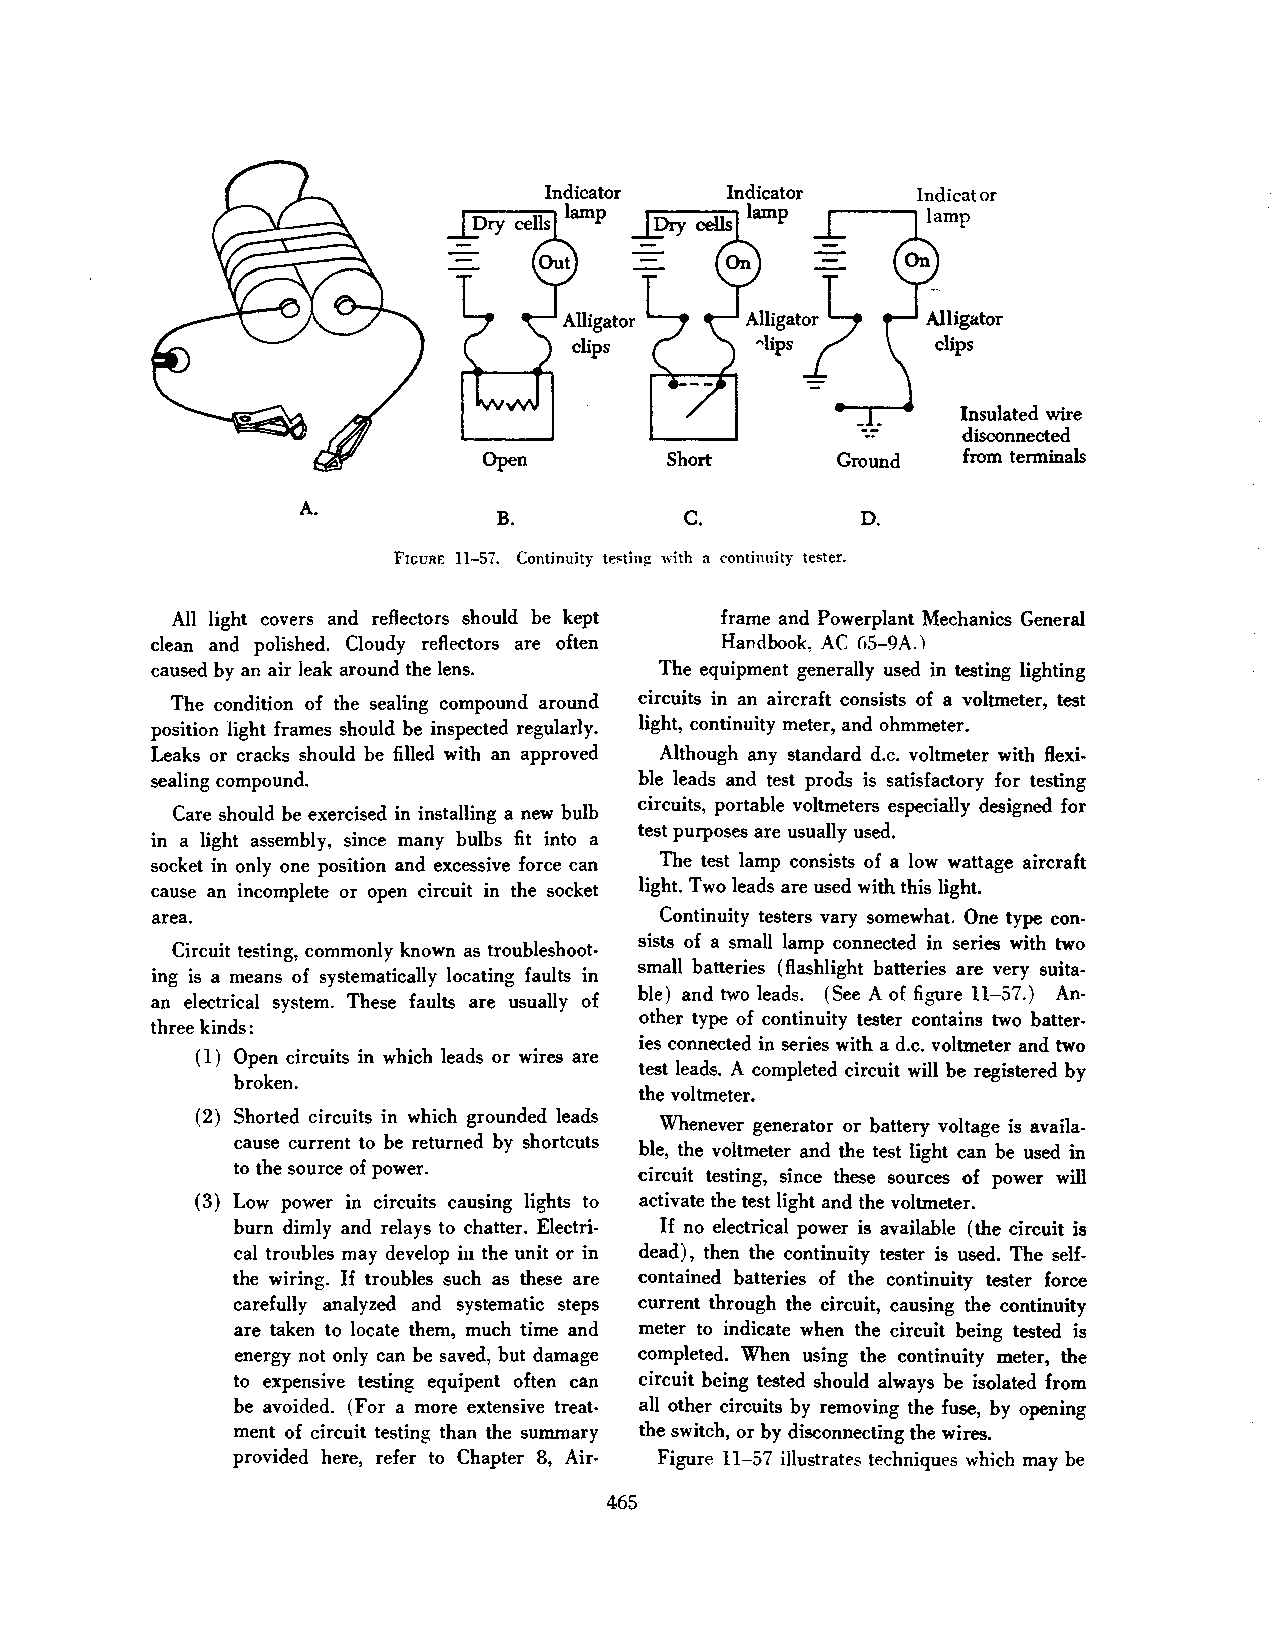
Insulated wire
 disconnected
 Open         Short      Ground  from terminals
 A.
 B.           c.         D.
 FIGURE 11-57. Continuity te~ting: with a continuity tester.
 All light covers and reflectors should be kept frame and Powerplant Mechanics General
 clean and polished. Cloudy reflectors are often Handbook, AC 65-9A.)
 caused by an air leak around the lens. The equipment generally used in testing lighting
 The condition of the sealing compound around circuits in an aircraft consists of a voltmeter, test
 position light frames should be inspected regularly. light, continuity meter, and ohmmeter.
 Leaks or cracks should be filled with an approved Although any standard d.c. voltmeter with flexi
 sealing compound.                ble leads and test prods is satisfactory for testing
 circuits, portable voltmeters especially designed for
 Care should be exercised in installing a new bulb
 test purposes are usually used.
 in a light assembly, since many bulbs fit into a
 socket in only one position and excessive force can The test lamp consists of a low wattage aircraft
 cause an incomplete or open circuit in the socket light. Two leads are used with this light.
 area.                             Continuity testers vary somewhat. One type con
 sists of a small lamp connected in series with two
 Circuit testing, commonly known as troubleshoot
 small batteries (flashlight batteries are very suita
 ing is a means of systematically locating faults in
 ble) and two leads. (See A of figure ll-57.) An
 an electrical system. These faults are usually of
 other type of continuity tester contains two batter
 three kinds:
 ies connected in series with a d.c. voltmeter and two
 (l) Open circuits in which leads or wires are
 test leads. A completed circuit will be registered by
 broken.
 the voltmeter.
 (2) Shorted circuits in which grounded leads
 Whenever generator or battery voltage is availa
 cause current to be returned by shortcuts
 ble, the voltmeter and the test light can be used in
 to the source of power.
 circuit testing, since these sources of power will
 (3) Low power in circuits causing lights to activate the test light and the voltmeter.
 burn dimly and relays to chatter. Electri If no electrical power is available (the circuit is
 cal troubles may develop in the unit or in dead), then the continuity tester is used. The self
 the wiring. If troubles such as these are contained batteries of the continuity tester force
 carefully analyzed and systematic steps current through the circuit, causing the continuity
 are taken to locate them, much time and meter to indicate when the circuit being tested is
 energy not only can be saved, but damage completed. When using the continuity meter, the
 to expensive testing equipent often can circuit being tested should always be isolated from
 be avoided. (For a more extensive treat all other circuits by removing the fuse, by opening
 ment of circuit testing than the summary the switch, or by disconnecting the wires.
 provided here, refer to Chapter 8, Air- Figure ll-57 illustrates techniques which may be
 465